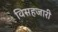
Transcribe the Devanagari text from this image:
विसहजारी